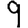
Digit: 9